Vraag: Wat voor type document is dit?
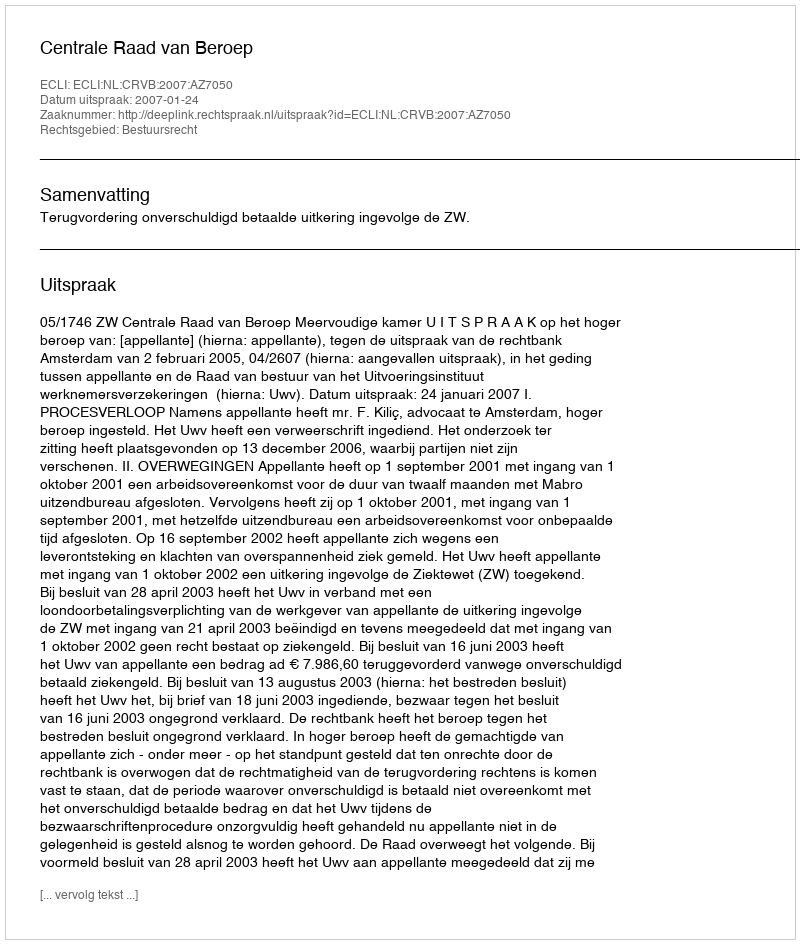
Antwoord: Uitspraak